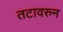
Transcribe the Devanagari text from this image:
तटावरुन